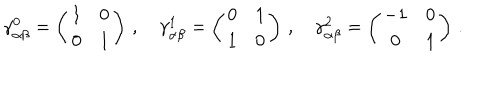
LaTeX: \gamma _ { \alpha \beta } ^ { 0 } = \left( \begin{array} { c c } { { 1 } } & { { 0 } } \\ { { 0 } } & { { 1 } } \\ \end{array} \right) \, , \quad \gamma _ { \alpha \beta } ^ { 1 } = \left( \begin{array} { c c } { { 0 } } & { { 1 } } \\ { { 1 } } & { { 0 } } \\ \end{array} \right) \, , \quad \gamma _ { \alpha \beta } ^ { 2 } = \left( \begin{array} { c c } { { - 1 } } & { { 0 } } \\ { { 0 } } & { { 1 } } \\ \end{array} \right) \, .